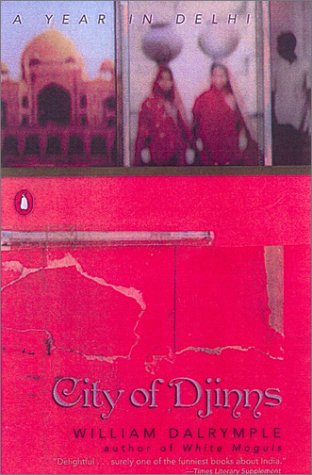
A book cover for City of Djinns: A Year in Delhi; William Dalrymple; History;